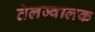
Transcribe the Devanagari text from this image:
तेलज्वालक